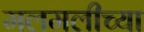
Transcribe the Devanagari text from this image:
मलमलीच्या